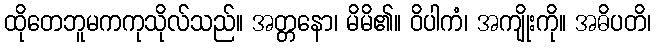
ထိုတေဘူမကကုသိုလ်သည်။ အတ္တနော၊ မိမိ၏။ ဝိပါကံ၊ အကျိုးကို။ အဓိပတိ၊